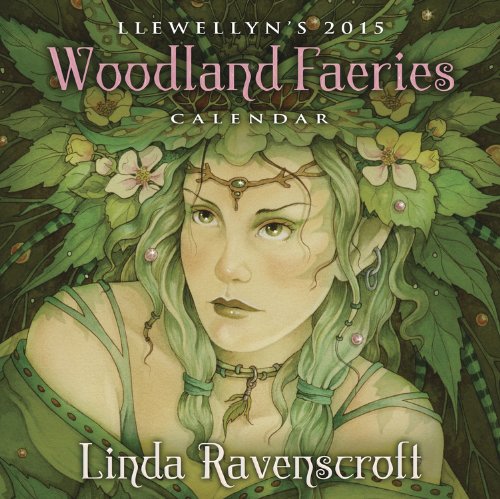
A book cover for Llewellyn's 2015 Woodland Faeries Calendar; Llewellyn; Calendars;